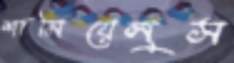
শামিয়েলুস